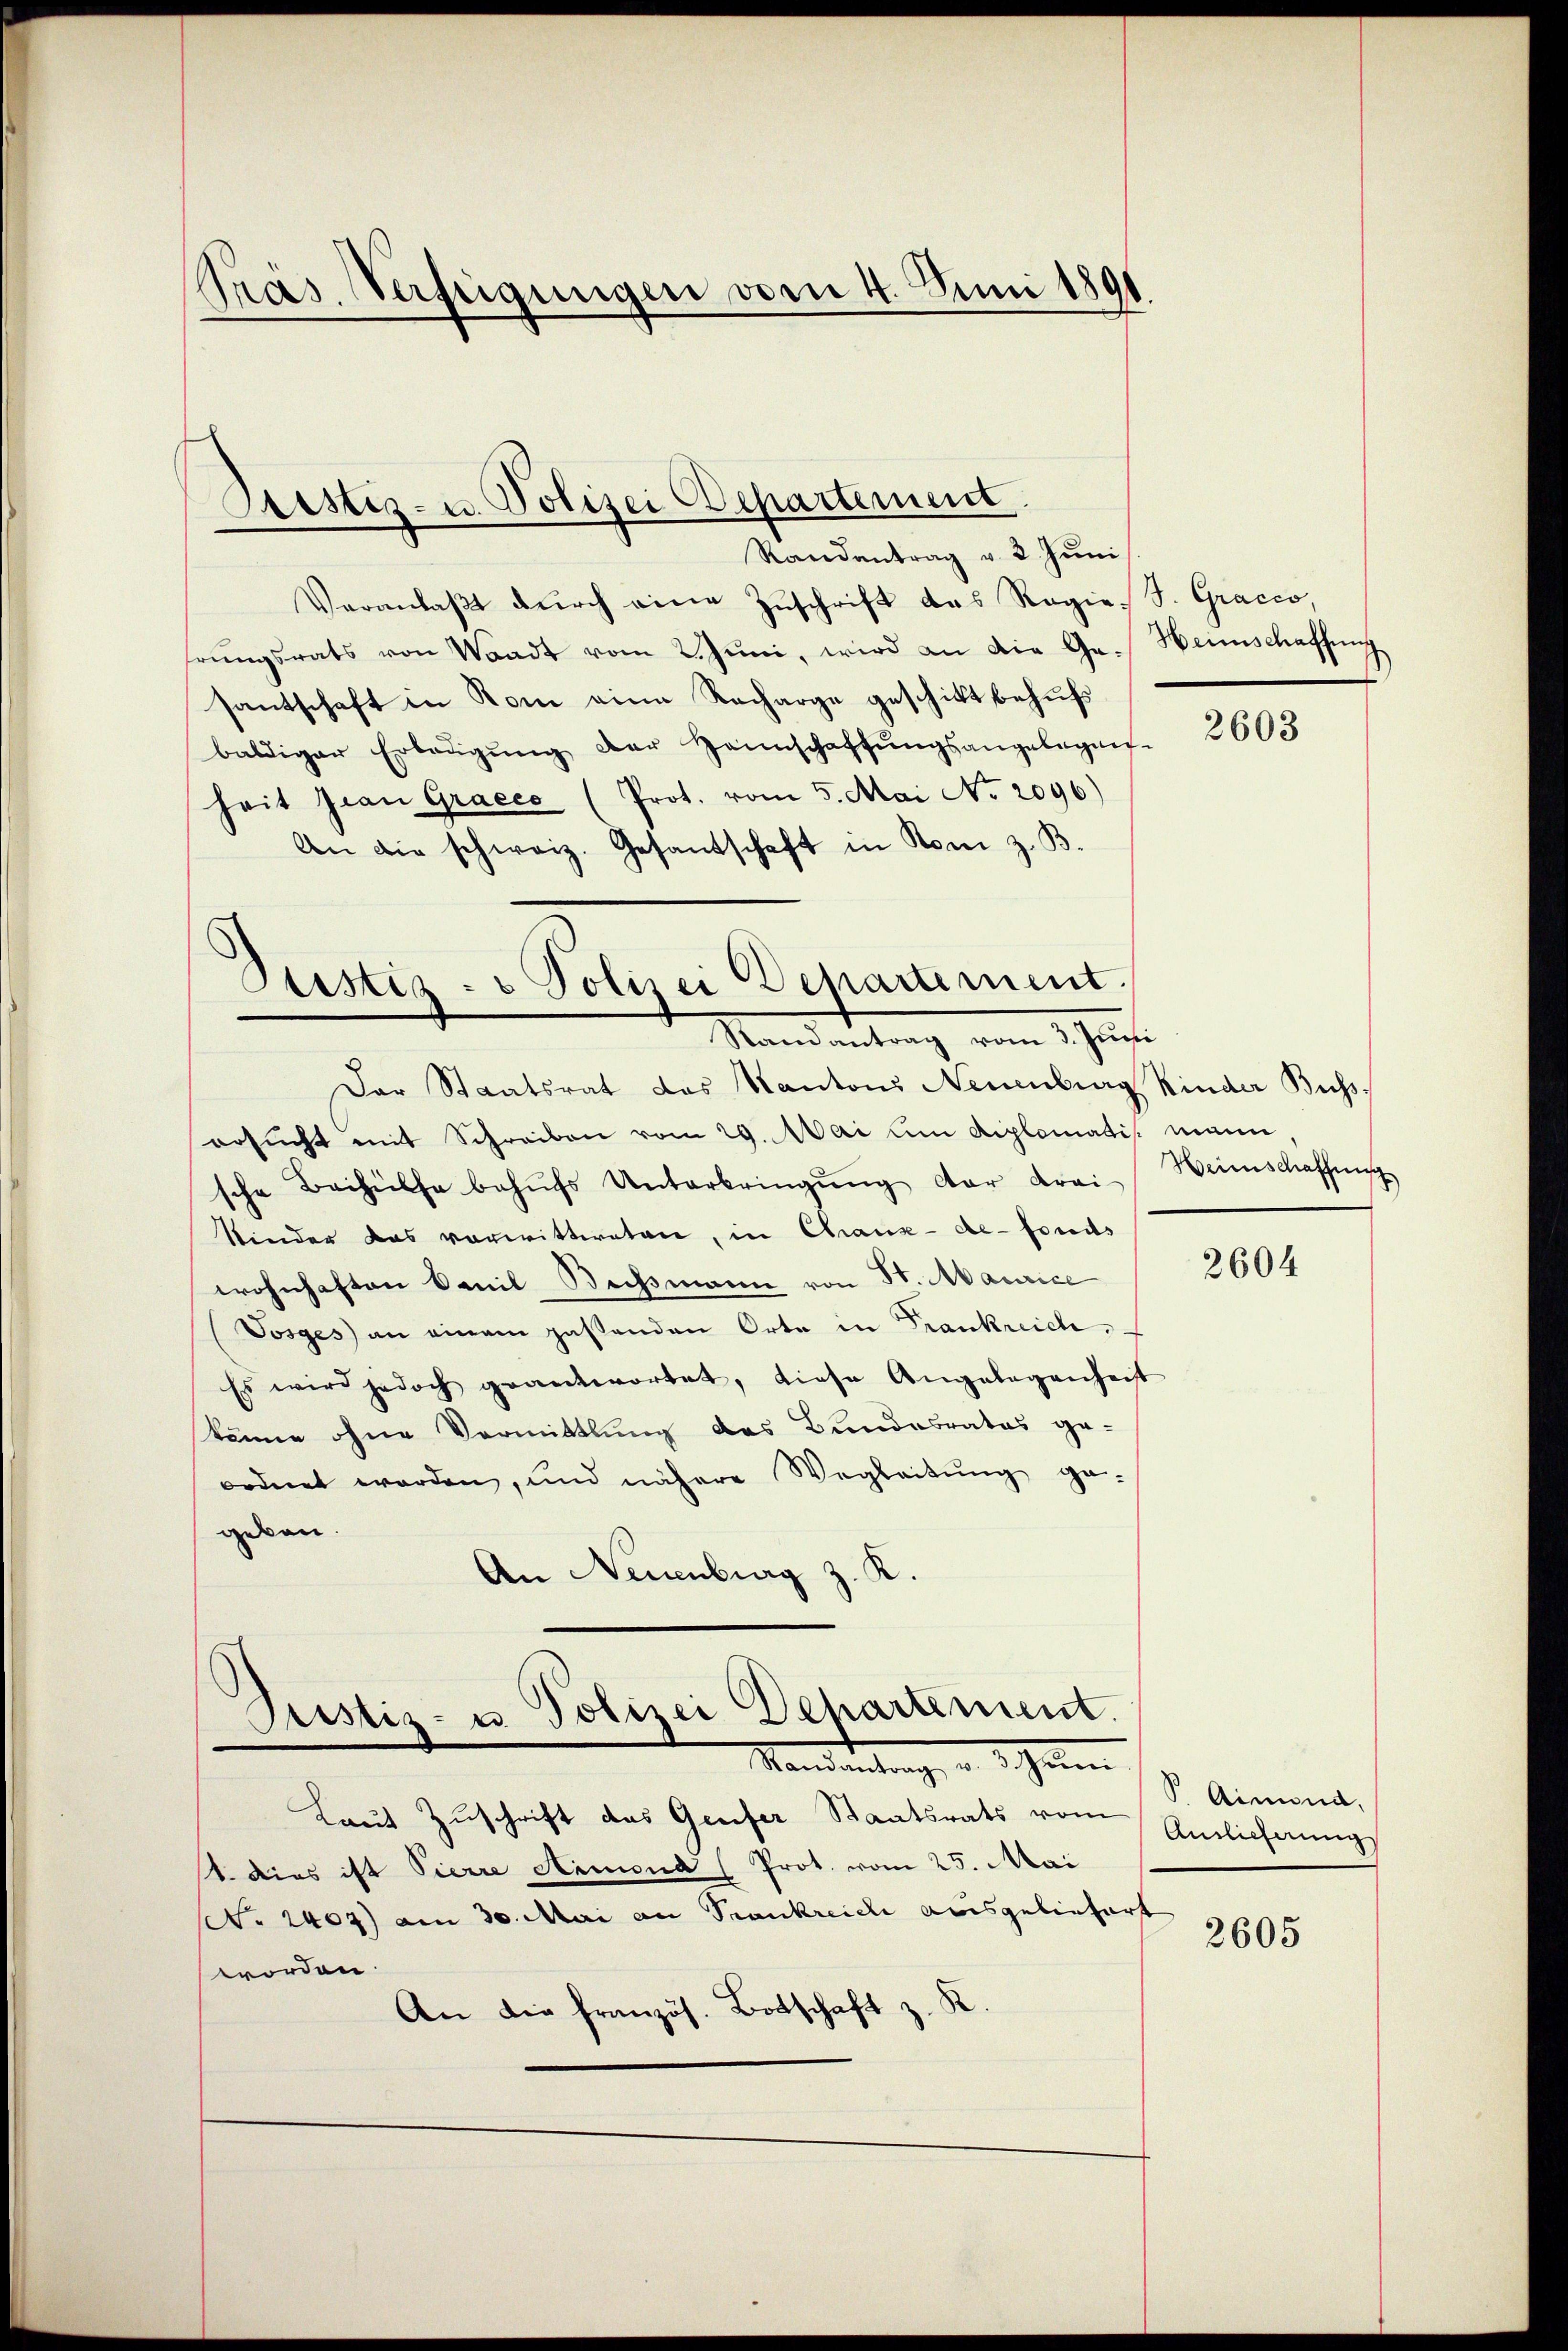
Präs. Verfeigungen vom 4. Juni 1891

Veranlaβt dŭrch eine Zŭschrift das Regie-S. Gracco,
hrŭngsrats von Waadt vom 2. Jŭni, wird an die Ga. Heimschaffŭng
santschaft in Rom eine Recharge geschickt behufs
baldiger Erbeŭgŭng der Hannschaffŭngsangelegen-
heit Jean Gracco (Prot. vom 5. Mai No 2096)
An die schweiz. Gesandschaft in Rom z. B.

Pristiz- u. Polizei Departement
Randantrag v. 2. Juni

Stistiz- & Polizei Departement.
Randantrag vom 3. Juni

Der Staatsrat das Kantons Neuenburg Kinder Buss-
ersucht mit Schreiben vom 29. Mai um diplomatis. mann
sche Beihülfe behŭfs Unterbringŭng der Krei
Kinder das vorwittweten, in Chaux-de-Fonds
wohnhaften bail Bechsmann von St. Maurice
Josges) an einem pastenden Orte in Frankreich
Es wird jedoch geantwortet, diese Angelegenheit
könne ohne Vormittlung des Bundesrates ge-
ordnet werden, und nähere Wegleitŭng ge-
geben.
An Neuenburg z. R.

Pustiz- u. Polizei Departement.
Standentrag, d. d. Jenn

Laut Zuschrift das Genfer Staatsrats vom Amtlicherung
1. dies ist Pierre Armona (Prot. vom 25. Mai
. 2407) am 30. Mai an Trankreieli ausgeliefert
worden.
An die französ. Botschaft z. K.

2603

Hrinschaffung

2604

Aimina,

2605